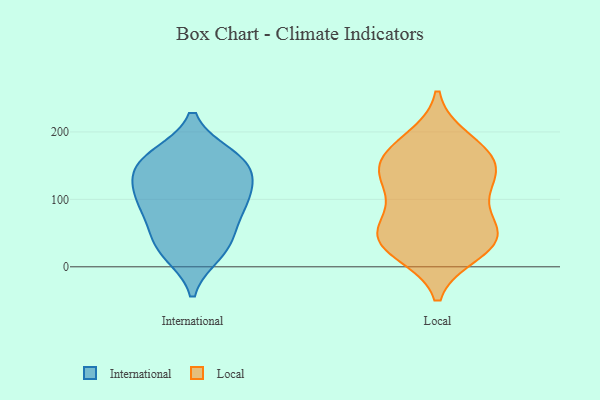
{"axis": {"x": "Operating Costs (USD K)", "y": "Value"}, "legend": ["International", "Local"], "data": [{"x": "", "y": 101, "type": "International"}, {"x": "", "y": 31, "type": "International"}, {"x": "", "y": 148, "type": "International"}, {"x": "", "y": 20, "type": "International"}, {"x": "", "y": 77, "type": "International"}, {"x": "", "y": 161, "type": "International"}, {"x": "", "y": 60, "type": "International"}, {"x": "", "y": 121, "type": "International"}, {"x": "", "y": 159, "type": "International"}, {"x": "", "y": 104, "type": "International"}, {"x": "", "y": 96, "type": "International"}, {"x": "", "y": 164, "type": "International"}, {"x": "", "y": 140, "type": "International"}, {"x": "", "y": 28, "type": "International"}, {"x": "", "y": 142, "type": "Local"}, {"x": "", "y": 42, "type": "Local"}, {"x": "", "y": 46, "type": "Local"}, {"x": "", "y": 48, "type": "Local"}, {"x": "", "y": 162, "type": "Local"}, {"x": "", "y": 32, "type": "Local"}, {"x": "", "y": 187, "type": "Local"}, {"x": "", "y": 171, "type": "Local"}, {"x": "", "y": 23, "type": "Local"}, {"x": "", "y": 124, "type": "Local"}, {"x": "", "y": 153, "type": "Local"}, {"x": "", "y": 91, "type": "Local"}, {"x": "", "y": 51, "type": "Local"}, {"x": "", "y": 123, "type": "Local"}]}